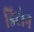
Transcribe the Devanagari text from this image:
डिटोन